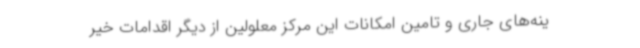
ینه‌های جاری و تامین امکانات این مرکز معلولین از دیگر اقدامات خیر